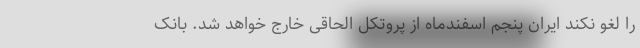
را لغو نکند ایران پنجم اسفندماه از پروتکل الحاقی خارج خواهد شد. بانک